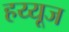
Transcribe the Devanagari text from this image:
हय्यूज